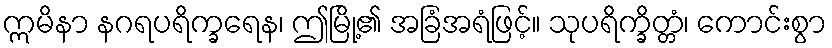
ဣမိနာ နဂရပရိက္ခရေန၊ ဤမြို့၏ အခြံအရံဖြင့်။ သုပရိက္ခိတ္တံ၊ ကောင်းစွာ